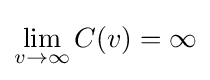
\lim _{v\to \infty }C(v)=\infty